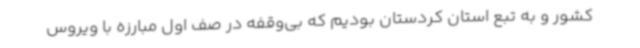
کشور و به تبع استان کردستان بودیم که بی‌وقفه در صف اول مبارزه با ویروس